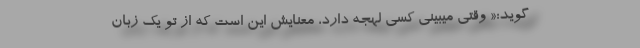
‌گوید:« وقتی میبینی کسی لهجه دارد، معنایش این است که از تو یک زبان